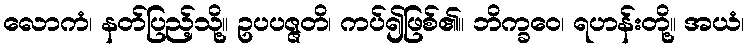
လောကံ၊ နတ်ပြည့်သို့။ ဥပပဇ္ဇတိ၊ ကပ်၍ဖြစ်၏။ ဘိက္ခဝေ၊ ရဟန်းတို့။ အယံ၊